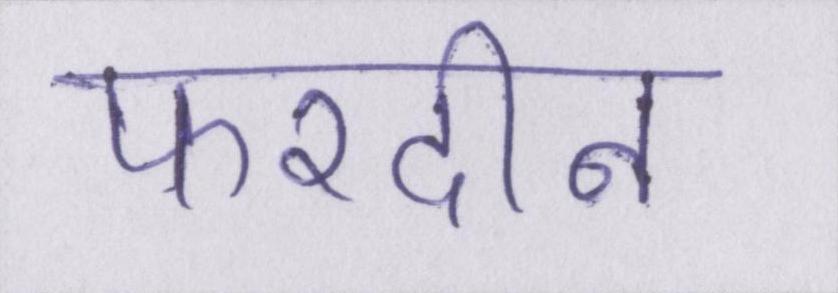
फरदीन